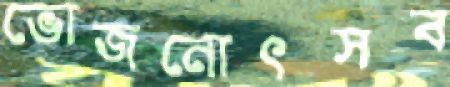
ভোজনোৎসব